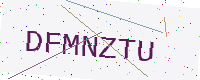
Text: DFMNZTU